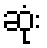
ဆုံး